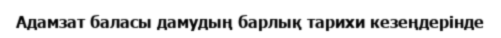
Адамзат баласы дамудың барлық тарихи кезеңдерінде